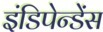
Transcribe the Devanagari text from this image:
इंडिपेन्डेंस